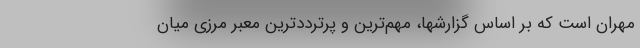
مهران است که بر اساس گزارشها، مهم‌ترین و پرترددترین معبر مرزی میان